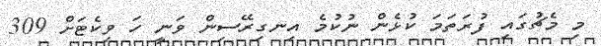
މި މެޗުގައި ފުރަތަމަ ކުޅެން ނުކުމެ އިނގިރޭސިން ވަނީ ހަ ވިކެޓަށް 309